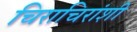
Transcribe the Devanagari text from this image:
चिराचिरांशी